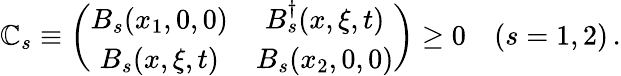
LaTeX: \mathbb{C}_{s}\equiv\left(\begin{array}{cc}{{B_{s}(x_{1},0,0)}}&{{B_{s}^{\dagger}(x,\xi,t)}}\\ {{B_{s}(x,\xi,t)}}&{{B_{s}(x_{2},0,0)}}\end{array}\right)\geq0\quad(s=1,2)\, .